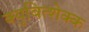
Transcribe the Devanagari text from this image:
क्युबित्शेक्क